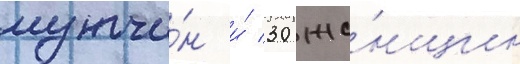
мужчи́н и́ 30 же́нщин